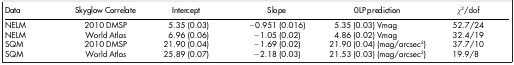
<table><thead><tr><td><b>Data</b></td><td><b>Skyglow Correlate</b></td><td><b>Intercept</b></td><td><b>Slope</b></td><td><b>0LP prediction</b></td><td><b><i>χ</i><sup>2</sup>/dof</b></td></tr></thead><tbody><tr><td>NELM</td><td>2010 DMSP</td><td>5.35 (0.03)</td><td>−0.951 (0.016)</td><td>5.35 (0.03) Vmag</td><td>52.7/24</td></tr><tr><td>NELM</td><td>World Atlas</td><td>6.96 (0.06)</td><td>−1.05 (0.02)</td><td>4.86 (0.02) Vmag</td><td>32.4/19</td></tr><tr><td>SQM</td><td>2010 DMSP</td><td>21.90 (0.04)</td><td>−1.69 (0.02)</td><td>21.90 (0.04) (mag/arcsec<sup>2</sup>)</td><td>37.7/10</td></tr><tr><td>SQM</td><td>World Atlas</td><td>25.89 (0.07)</td><td>−2.18 (0.03)</td><td>21.53 (0.03) (mag/arcsec<sup>2</sup>)</td><td>19.9/8</td></tr></tbody></table>